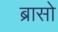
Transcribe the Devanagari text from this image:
ब्रासो